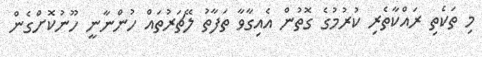
މި ތަކެތި ރައްކާތެރި ކުރުމުގެ ގޮތުން އެއިގާވާ ތަފާތު ލޭޗަރުތައް ހުންނާނީ ހޫނުކޮށްގެން